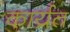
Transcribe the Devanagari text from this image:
कार्य्रत